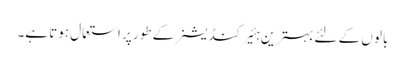
بالو ں کے لئے بہترین ہئیر کنڈیشنر کے طور پر استعمال ہوتا ہے۔